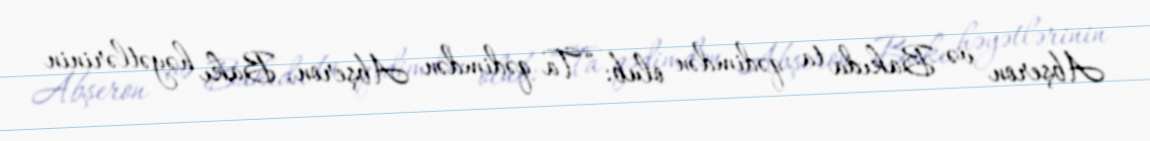
Abşeron və Bakıda ta qədimdən olub: “Ta qədimdən Abşeron, Bakı həyətlərinin